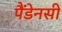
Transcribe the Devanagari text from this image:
पैंडेनसी